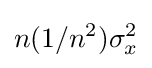
n(1/n^{2})\sigma _{x}^{2}